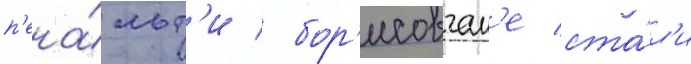
п'ена́льт'и / бор'исовчан'е ста́л'и